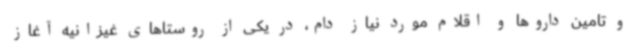
و تامین داروها و اقلام مورد نیاز دام، در یکی از روستاهای غیزانیه آغاز